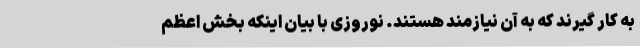
به کار گیرند که به آن نیازمند هستند. نوروزی با بیان اینکه بخش اعظم